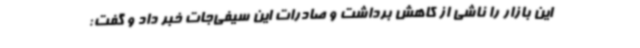
این بازار را ناشی از کاهش برداشت و صادرات این سیفی‌جات خبر داد و گفت: